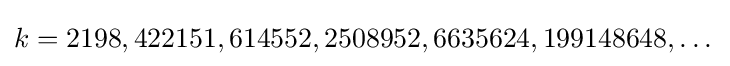
k=2198,422151,614552,2508952,6635624,199148648,\dots